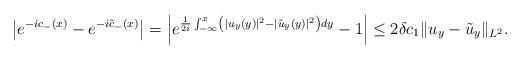
LaTeX: \begin{align*}\begin{aligned}\left|e^{-ic_-(x)}-e^{-i\tilde{c}_-(x)} \right|&=\left|e^{\frac{1}{2i}\int_{-\infty}^x\left(|u_y(y)|^2-|\tilde{u}_y(y)|^2\right)dy}-1\right|\leq 2\delta c_1 \|u_y-\tilde{u}_y\|_{L^2}.\end{aligned}\end{align*}